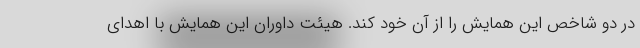
در دو شاخص این همایش را از آن خود کند. هیئت داوران این همایش با اهدای